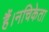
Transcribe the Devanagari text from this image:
हैं।नचिकेता